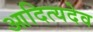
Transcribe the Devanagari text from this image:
आदित्यदेव